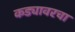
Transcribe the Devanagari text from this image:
कड्यावरचा